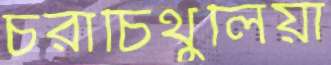
চরাচিথুলিয়া